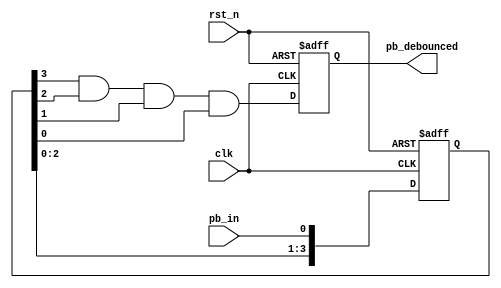
module debounce(clk, pb_in, pb_debounced, rst_n);
    output reg pb_debounced;  
    input clk;  
    input pb_in;  
    input rst_n;
    
    reg [3:0]debounce_window;  
    wire pb_debounced_next;  
    
    always@(posedge clk or negedge rst_n)
        if (~rst_n) debounce_window <= 0;
        else debounce_window <= {debounce_window[2:0],pb_in};
            
    assign pb_debounced_next = debounce_window[3] & debounce_window[2] & debounce_window[1] & debounce_window[0];
    
    always@(posedge clk or negedge rst_n)
        if (~rst_n) pb_debounced <= 0;
        else pb_debounced <= pb_debounced_next;
     
endmodule